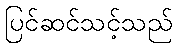
ပြင်ဆင်သင့်သည်